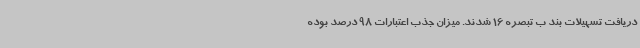
دریافت تسهیلات بند ب تبصره 16 شدند. میزان جذب اعتبارات 98 درصد بوده